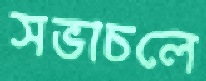
সভাচলে